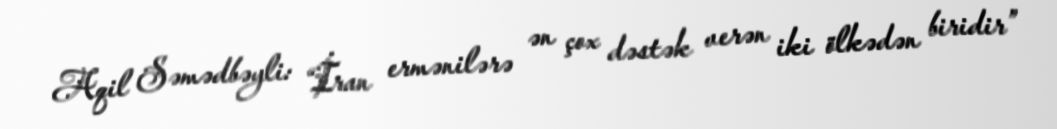
Aqil Səmədbəyli: “İran ermənilərə ən çox dəstək verən iki ölkədən biridir”